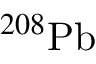
^ { 2 0 8 } \mathrm { { P b } }